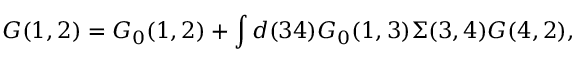
G ( 1 , 2 ) = G _ { 0 } ( 1 , 2 ) + \int d ( 3 4 ) G _ { 0 } ( 1 , 3 ) \Sigma ( 3 , 4 ) G ( 4 , 2 ) ,